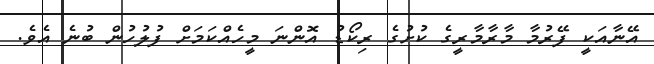
އޭނާއަކީ ފޭރުމާ މާރާމާރީގެ ކުށުގެ ރިކޯޑު އޮންނަ މީހެއްކަމަށް ފުލުހުން ބުނެ އެވެ.